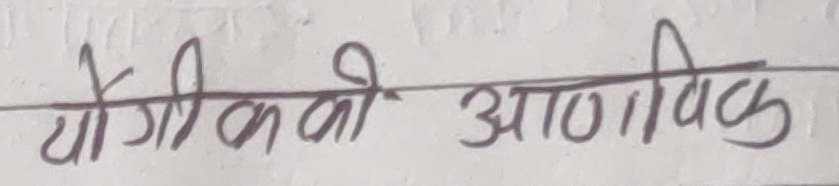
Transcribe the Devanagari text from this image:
योगी की आणविक